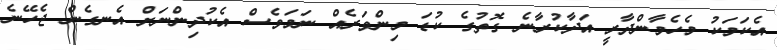
އެކަމަކު މެހެމާންދާރީ އަދާކުރާނެ ގޮތުގެ ކުޑަ މިންވަރެއް ނަމަވެސް އެކުދިންނަށް އެނގެން ޖެހޭނެ